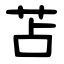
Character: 苫